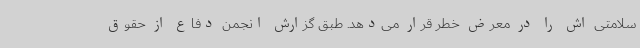
سلامتی اش را در معرض خطر قرار می‌دهد. طبق گزارش انجمن دفاع از حقوق